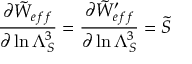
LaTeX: { \frac { \partial { \tilde { W } _ { e f f } } } { \partial \ln \Lambda _ { S } ^ { 3 } } } = { \frac { \partial { \tilde { W } _ { e f f } ^ { \prime } } } { \partial \ln \Lambda _ { S } ^ { 3 } } } = \tilde { S }